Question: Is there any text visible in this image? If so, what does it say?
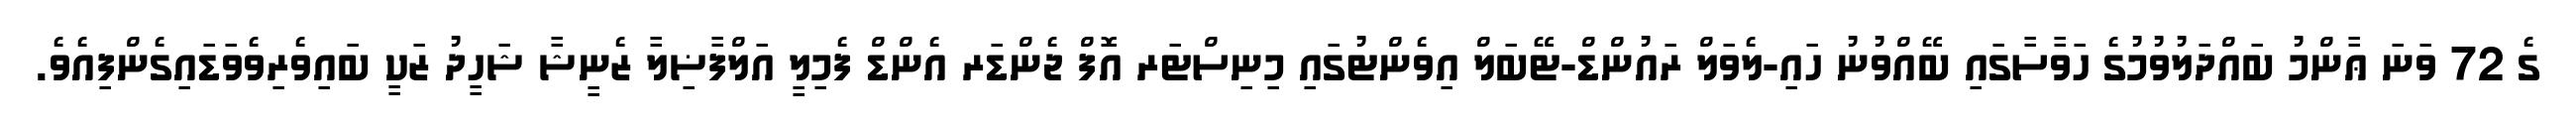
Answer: ގެ 72 ވަނަ ޢާންމު ބައްދަލުވުމުގެ ހަވާސާގައި ބޭއްވުނު ހައި-ލެވަލް ރައުންޑް-ޓޭބަލް އިވެންޓުގައި މިނިސްޓަރ އޮފް ޖެންޑަރ އެންޑް ފެމިލީ އަލްފާޟިލާ ޒެނީޝާ ޝަހީދު ޒަކީ ބައިވެރިވެވަޑައިގެންފިއެވެ.